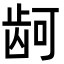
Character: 𮯙